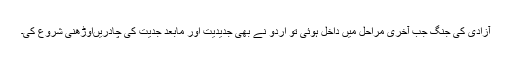
آزادی کی جنگ جب آخری مراحل میں داخل ہوئی تو اردو نے بھی جدیدیت اور مابعد جدیت کی چادریںاوڑھنی شروع کی۔